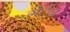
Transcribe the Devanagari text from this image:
गेर्टन